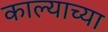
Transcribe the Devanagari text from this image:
काल्याच्या